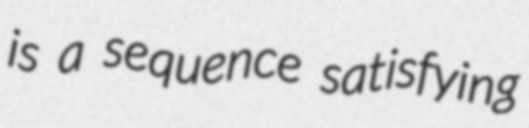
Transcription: is a sequence satisfying